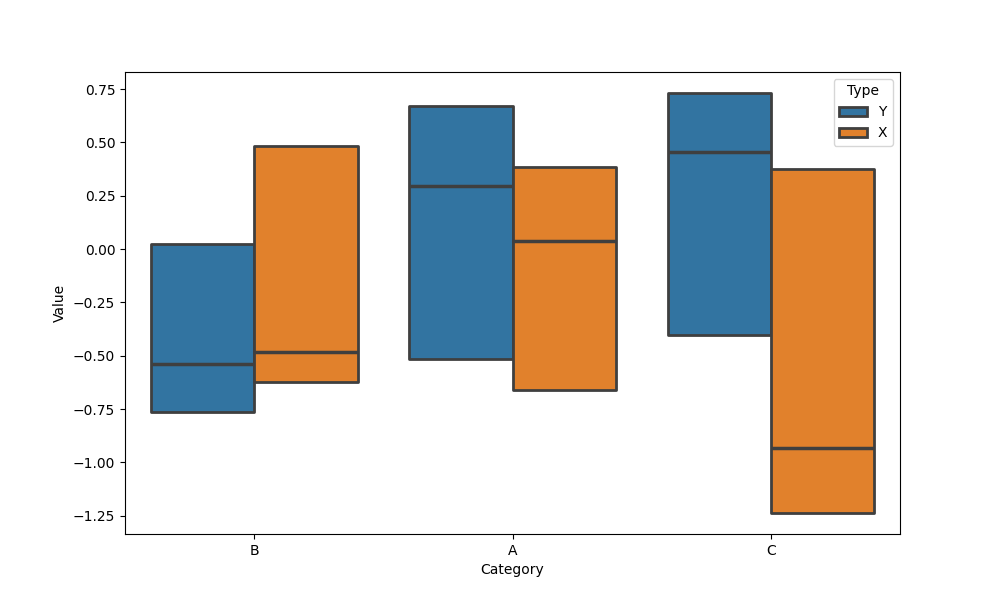
python, seaborn, boxenplot, k_depth='tukey', linewidth=2, scale='linear', outlier_prop=0.1, showfliers=False